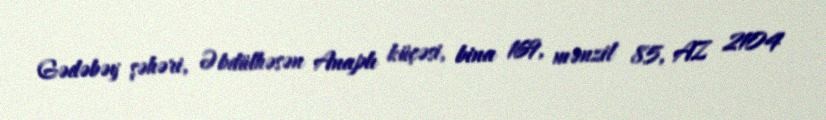
Gədəbəy şəhəri, Əbdülhəsən Anaplı küçəsi, bina 169, mənzil 85, AZ 2104